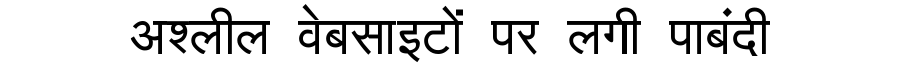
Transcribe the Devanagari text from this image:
अश्लील वेबसाइटों पर लगी पाबंदी